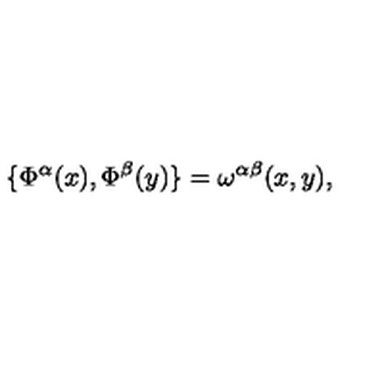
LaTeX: \{ \Phi ^ { \alpha } ( x ) , \Phi ^ { \beta } ( y ) \} = \omega ^ { \alpha \beta } ( x , y ) ,